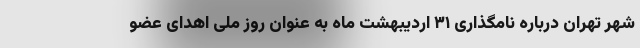
شهر تهران درباره نامگذاری ۳۱ اردیبهشت ماه به عنوان روز ملی اهدای عضو